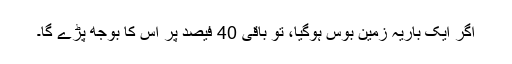
اگر ایک باریہ زمین بوس ہوگیا، تو باقی 40 فیصد پر اس کا بوجھ پڑے گا۔